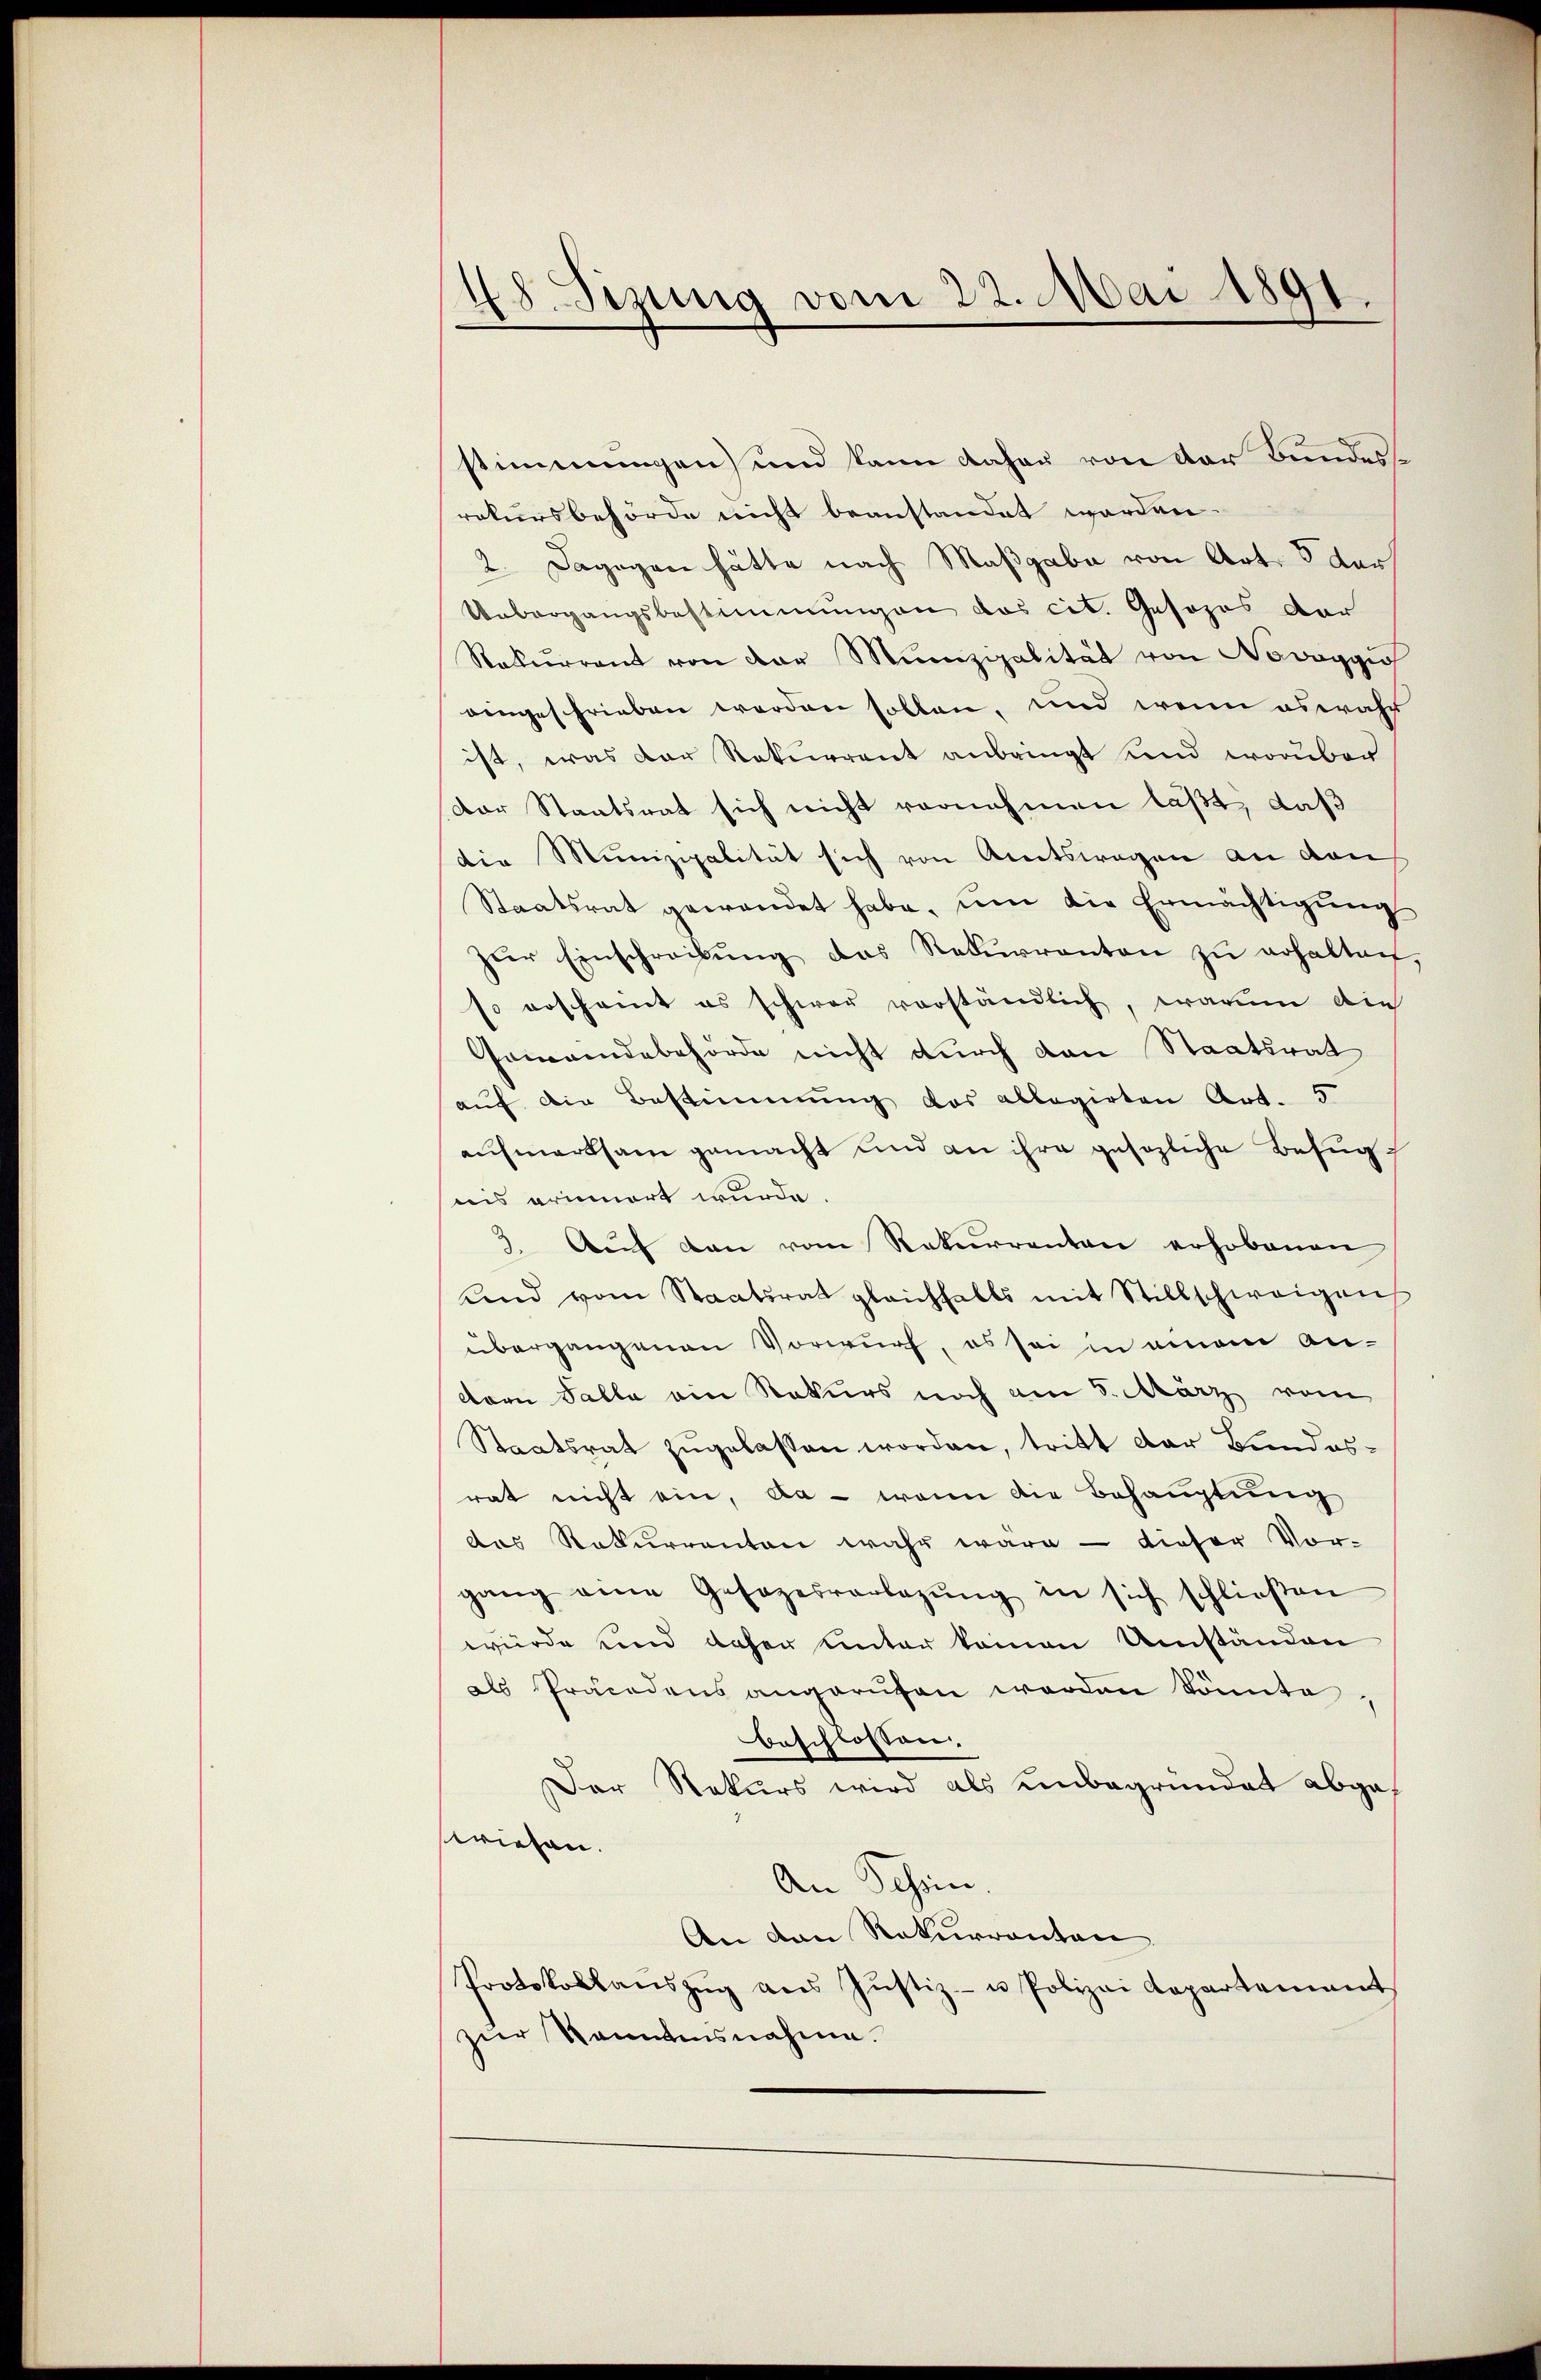
48. Sizung vom 22. Mai 1891.

stimmungen und kann daher von der Bundes
rekursbehörde nicht beanstandet worden.
2. Dagegen hätte nach Maßgabe von Art. 8 der
Uebergangsbestimmungen das cit. Gesopos der
Rekurrent von der Munizipalität von Novaggi
eingeschrieben werden sollen, und wenn es wahr
ist, was der Rekurrent anbringt und worüber
Der Staatsrat sich nicht vornehmen läßt, daß
die Munizipalität sich von Amtswegen an den
Staatsrat gewandet habe, ŭm die Ermächtigŭng
zŭr Einschreibung das Rekurrenten zu erhalten
so erscheint es schwer verständlich, warum die
Gemeindebehörde nicht durch den Staatsrat
auf die Bestimmung des allegirten Art. 5
aufmerksam gemacht und an ihre gesezliche Befug
uns erinnert wurde
3. Aŭf den vom Rekurrenten erhobenen
und vom Staatsrat gleichfalls mit Stillschweigen
übergangenen Vorwurf, es sei in einem An-
dern Falle ein Rekurs noch am 5. März vom
Staatsrat zugelassen worden, tritt der Bundesrat nicht ein, da - wenn die Behauptung
das Rekurrenten wahr wäre - dieser Vor-
gang eine Gesezesvorlegŭng in sich schlieβen
würde und daher unter keinen Umständen
als Präcedens angerufen werden könnte
beschlossen.
Der Rekurs wird als unbegründet abgef
wiesen.
An Schein.
An den Rekurrenten
Protokollanszŭg ans Justiz- u Polizei Kapartement
zur kanntensnahme.